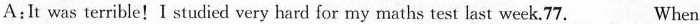
A:h was terible!I studied very hard for my maths test last week._77___. When